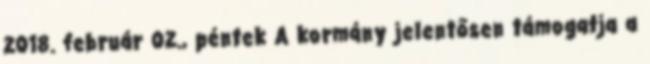
2018. február 02., péntek A kormány jelentősen támogatja a